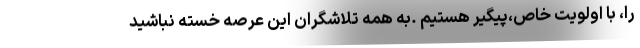
را، با اولویت خاص،پیگیر هستیم .به همه تلاشگران این عرصه خسته نباشید